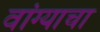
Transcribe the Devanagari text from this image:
वांग्याचा